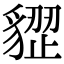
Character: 𧳺